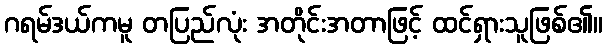
ဂရမ်ဒယ်ကမူ တပြည်လုံး အတိုင်းအတာဖြင့် ထင်ရှားသူဖြစ်၏။